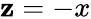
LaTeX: \mathbf{z}=-x